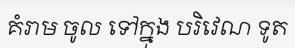
គំរាម ចូល ទៅក្នុង បរិវេណ ទូត